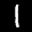
Label: 1